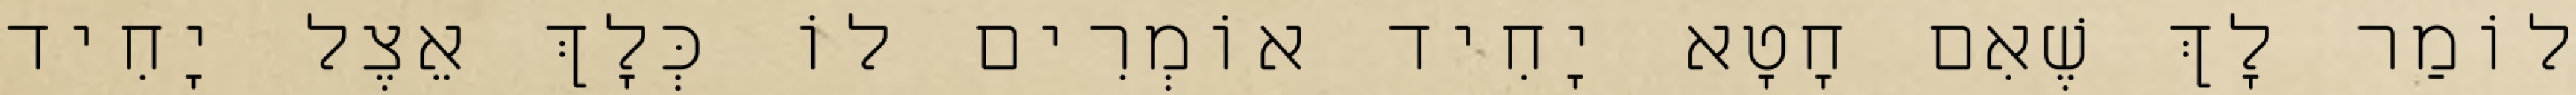
לוֹמַר לָךְ שֶׁאִם חָטָא יָחִיד אוֹמְרִים לוֹ כְּלָךְ אֵצֶל יָחִיד